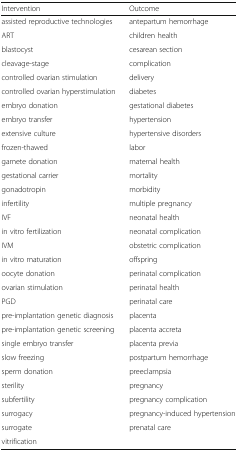
<table><thead><tr><td><b>Intervention</b></td><td><b>Outcome</b></td></tr></thead><tbody><tr><td>assisted reproductive technologies</td><td>antepartum hemorrhage</td></tr><tr><td>ART</td><td>children health</td></tr><tr><td>blastocyst</td><td>cesarean section</td></tr><tr><td>cleavage-stage</td><td>complication</td></tr><tr><td>controlled ovarian stimulation</td><td>delivery</td></tr><tr><td>controlled ovarian hyperstimulation</td><td>diabetes</td></tr><tr><td>embryo donation</td><td>gestational diabetes</td></tr><tr><td>embryo transfer</td><td>hypertension</td></tr><tr><td>extensive culture</td><td>hypertensive disorders</td></tr><tr><td>frozen-thawed</td><td>labor</td></tr><tr><td>gamete donation</td><td>maternal health</td></tr><tr><td>gestational carrier</td><td>mortality</td></tr><tr><td>gonadotropin</td><td>morbidity</td></tr><tr><td>infertility</td><td>multiple pregnancy</td></tr><tr><td>IVF</td><td>neonatal health</td></tr><tr><td>in vitro fertilization</td><td>neonatal complication</td></tr><tr><td>IVM</td><td>obstetric complication</td></tr><tr><td>in vitro maturation</td><td>offspring</td></tr><tr><td>oocyte donation</td><td>perinatal complication</td></tr><tr><td>ovarian stimulation</td><td>perinatal health</td></tr><tr><td>PGD</td><td>perinatal care</td></tr><tr><td>pre-implantation genetic diagnosis</td><td>placenta</td></tr><tr><td>pre-implantation genetic screening</td><td>placenta accreta</td></tr><tr><td>single embryo transfer</td><td>placenta previa</td></tr><tr><td>slow freezing</td><td>postpartum hemorrhage</td></tr><tr><td>sperm donation</td><td>preeclampsia</td></tr><tr><td>sterility</td><td>pregnancy</td></tr><tr><td>subfertility</td><td>pregnancy complication</td></tr><tr><td>surrogacy</td><td>pregnancy-induced hypertension</td></tr><tr><td>surrogate</td><td>prenatal care</td></tr><tr><td>vitrification</td><td>[EMPTY_CELL]</td></tr></tbody></table>